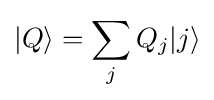
|Q\rangle =\sum _{j}Q_{j}|j\rangle